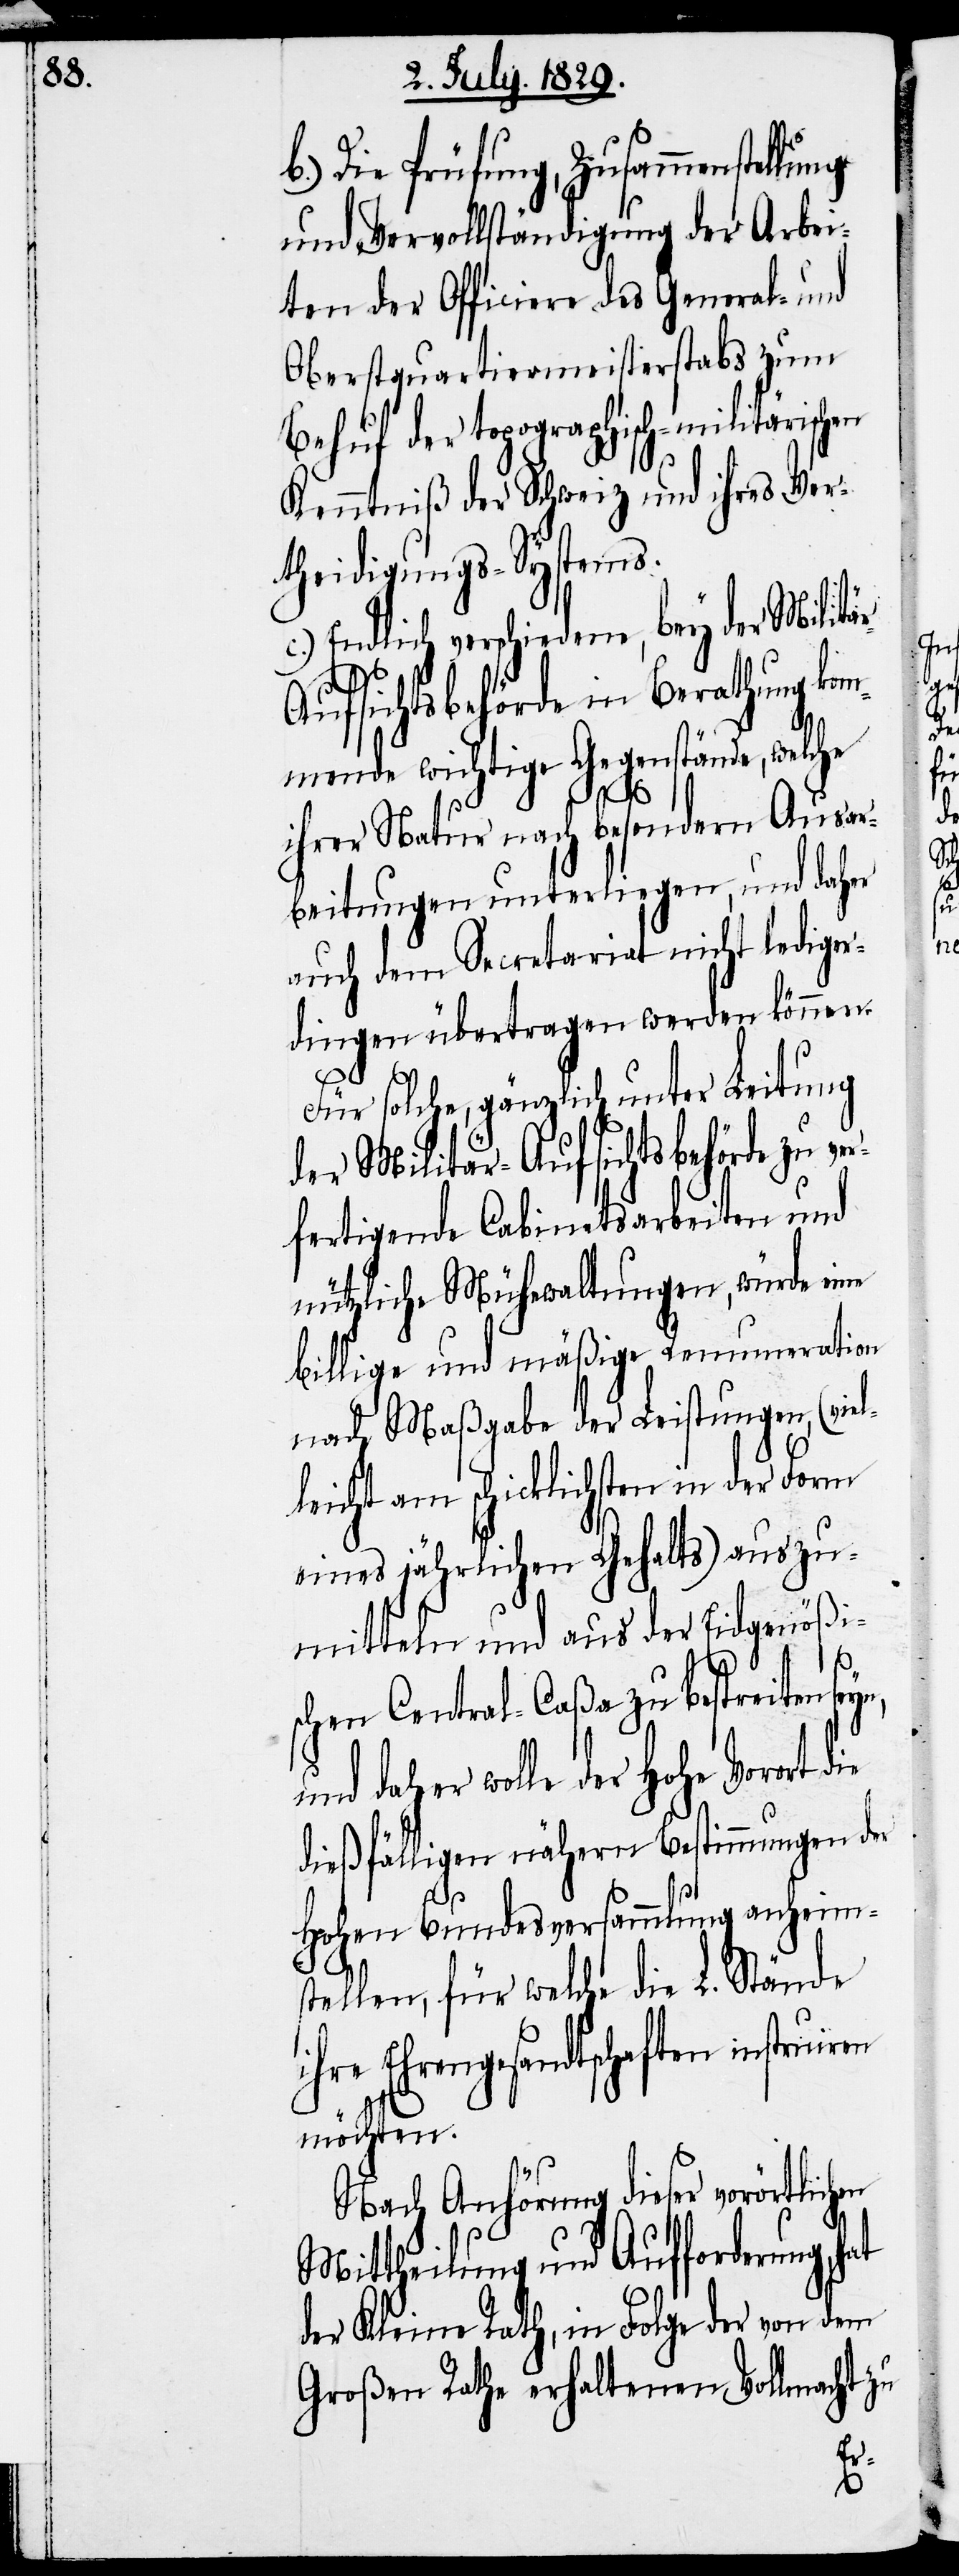
b.) Die Prüfung, Zusammenstellung
und Vervollständigung der Arbei¬
ten der Officiere des General- und
Oberstquartiermeisterstabs zum
Behuf der topographisch-militärischen
Kenntniß der Schweiz und ihres Ver¬
theidigungs-Systems.
c.) Endlich verschiedene, bey der Militä¬
en
r-Aufsichtsbehörde in Berathung kom¬
mende wichtige Gegenstände, welche
ihrer Natur nach besondern Ausar¬
beitungen unterliegen, und daher
auch dem Secretariat nicht lediger¬
dingen übertragen werden können.
Für solche, gänzlich unter Leitung
der Militär-Aufsichtsbehörde zu ve¬
rfertigende Cabinetsarbeiten und
nützliche Mühewaltungen, würde eine
billige und mäßige Renumeration
nach Maßgabe der Leistungen, (viel¬
leicht am schicklichsten in der Form
eines jährlichen Gehalts) auszu¬
mitteln und aus der Eidgenößi¬
schen Central-Caßa zu bestreiten
und daher wolle der Hohe Vorort die
dießfälligen nähern Bestimmungen der
Hohen Bundesversammlung anheim¬
stellen, für welche die L. Stände
ihre Ehrengesandtschaften instruiren
möchten.
Nach Anhörung dieser vorörtlich¬
Mittheilung und Aufforderung,
der Kleine Rath, in Folge der von dem
Großen Rathe erhaltenen Vollmacht zu